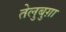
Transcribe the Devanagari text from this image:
तेलुबुग़ा